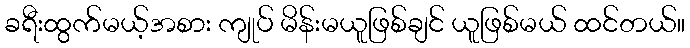
ခရီးထွက်မယ့်အစား ကျုပ် မိန်းမယူဖြစ်ချင် ယူဖြစ်မယ် ထင်တယ်။